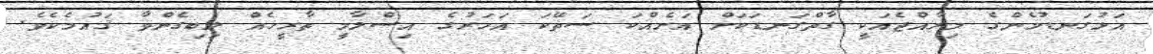
އަޅުގަނޑުމެންގެ މިރާއްޖެއަކީ ގާތްގަނޑަކަށް އަށެއްކަ ސަތޭކަ އަހަރުގެ އިސްލާމީ ތާރީޚެއް ލިބިގެންވާ ޤައުމެކެވެ.